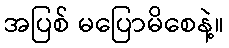
အပြစ် မပြောမိစေနဲ့။